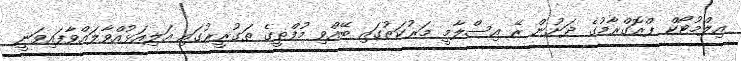
އިލްމުޓޯކް ޕްރޮގްރާމުގެ ދަށުން ރޭ އިސްލާމީ މަރުކަޒުގައި ބޭއްވި މުފްތީގެ ތަގުރީރުގައި އަލިއަޅުއްވާލައްވާފައިވަނީ